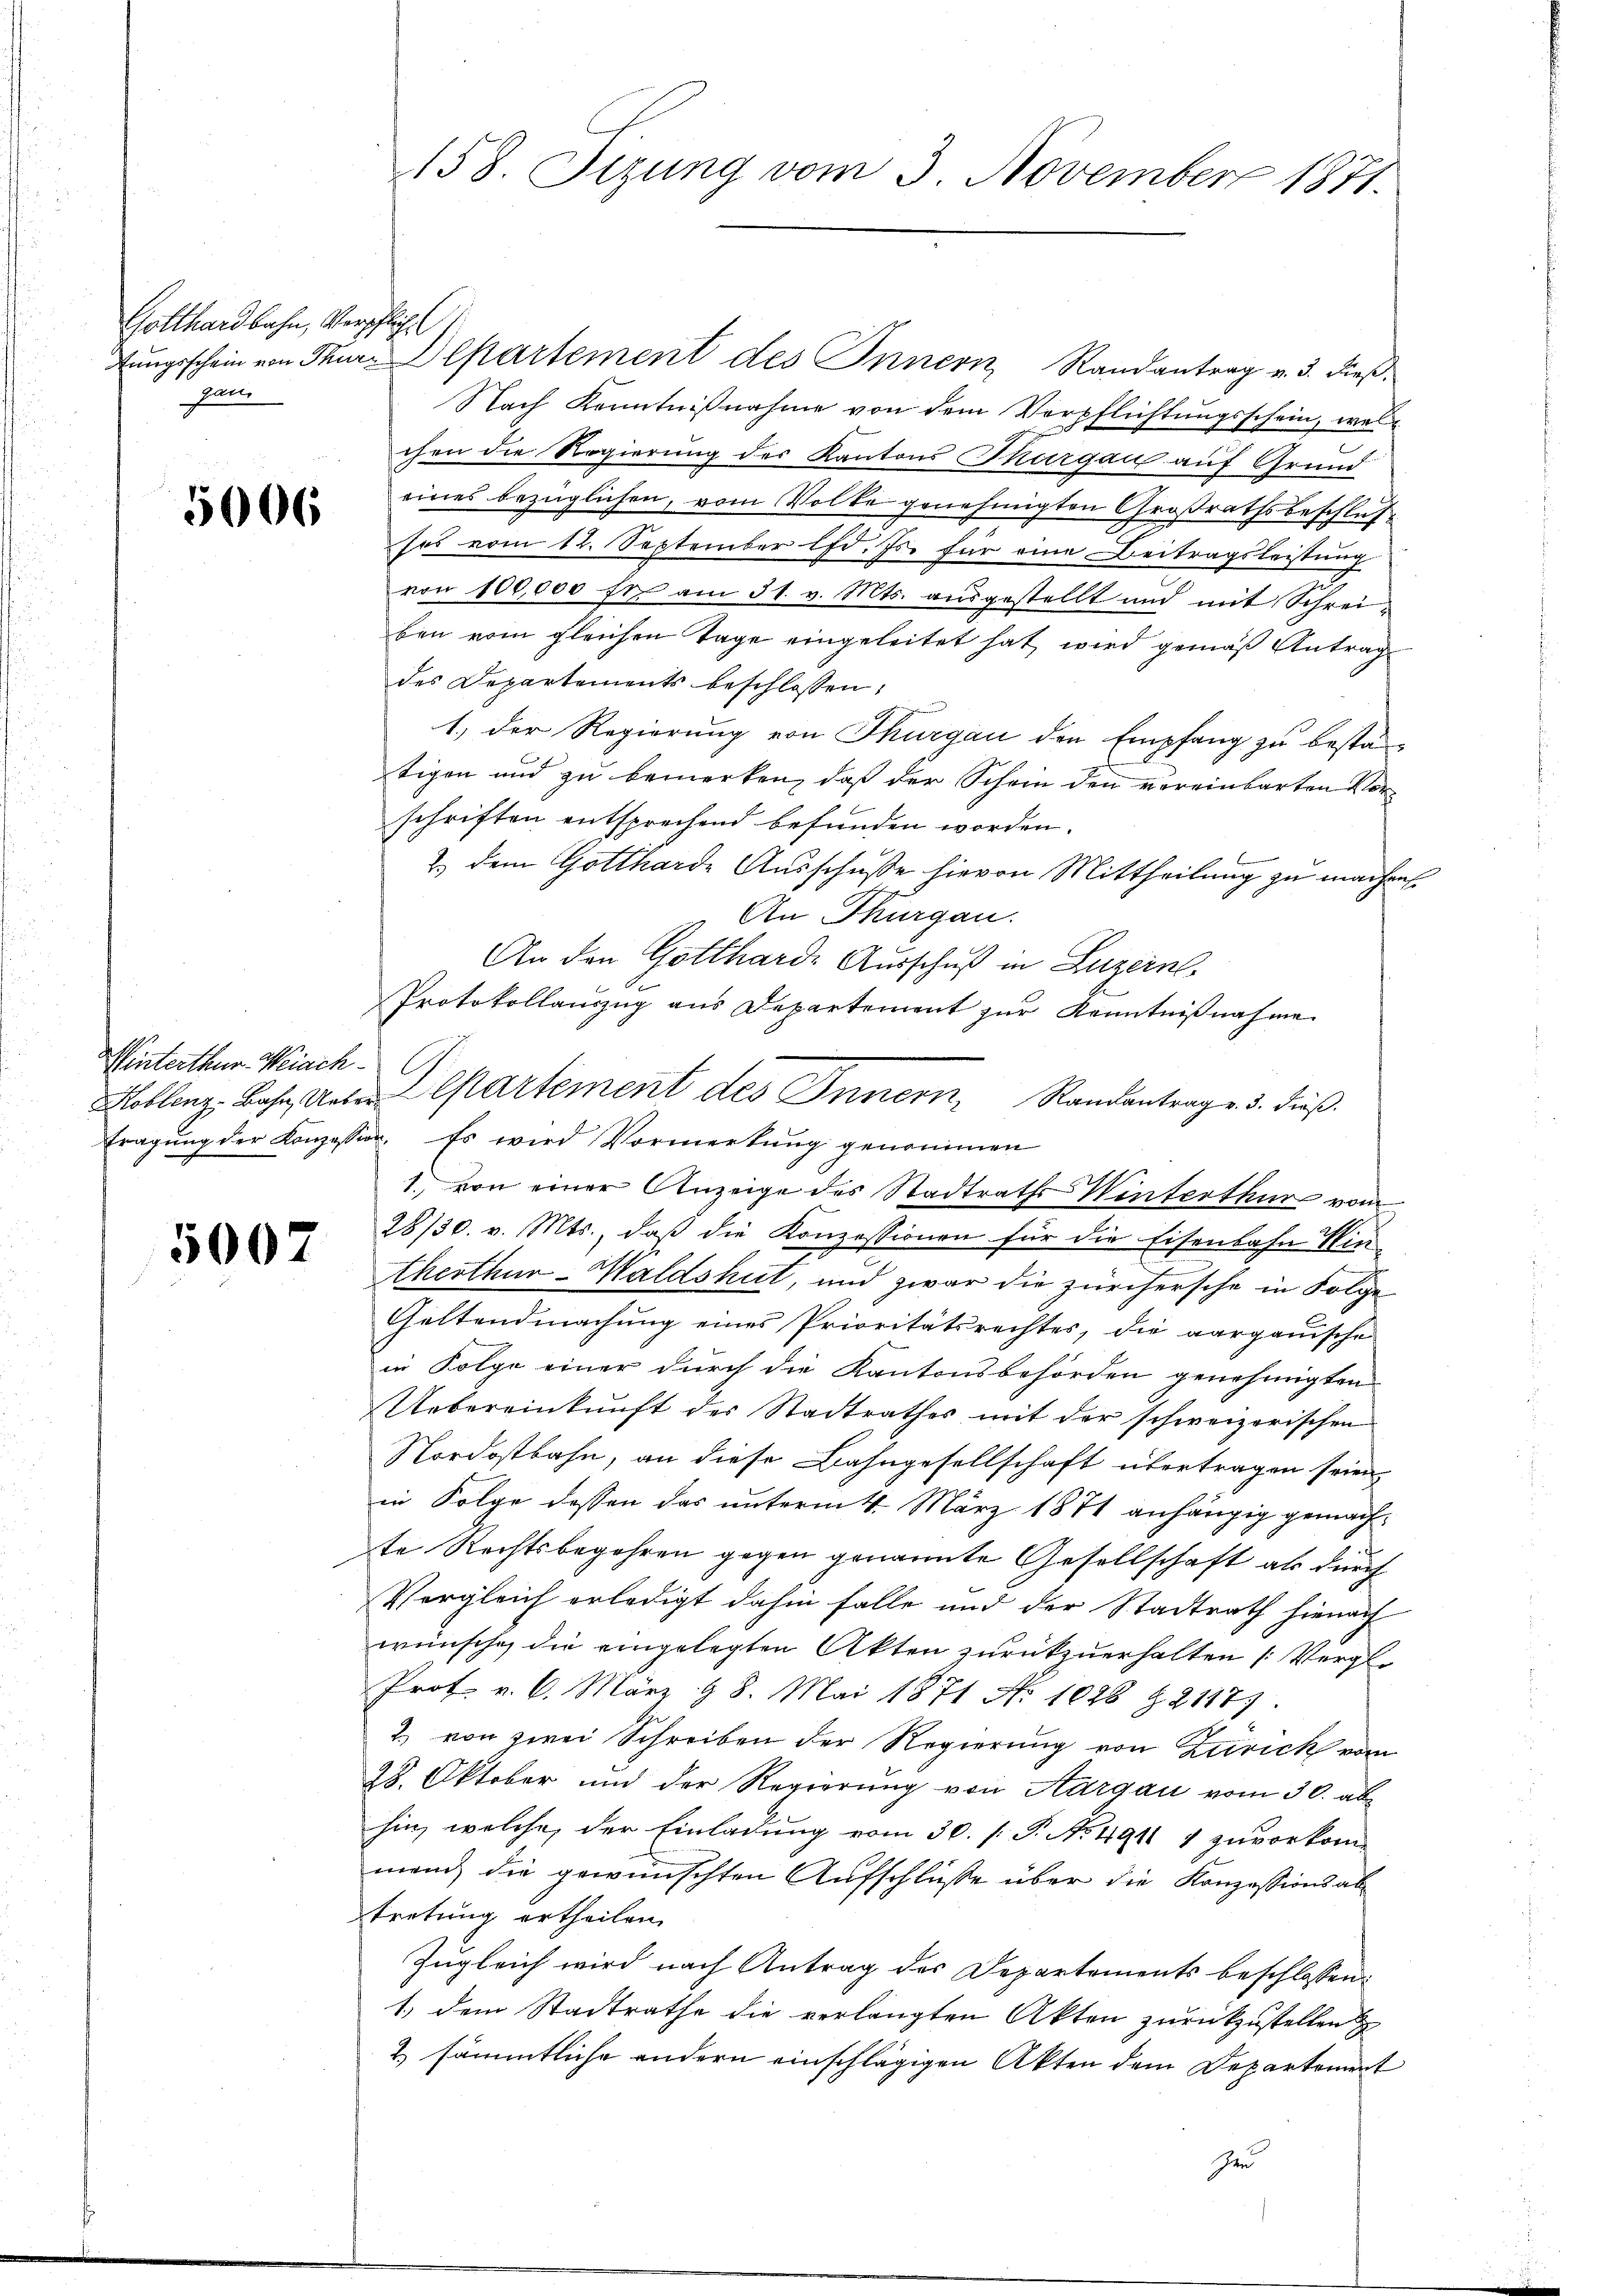
Gotthardbahn, Verpflich
gan

5006

Winterthur Weiach

5007

tŭngsschein von der Departement des Innern Randantrag v. 3. dieβ.
Nach Kenntnißnahme von dem Verpflichtungsschein, welchen die Regierung des Kantons Thurgau auf Grund
eines bezüglichen, vom Volke genehmigten Großrathsbeschlußsei vom 12. September lfd. Js. für eine Beitragsleistung
von 100,000 fr. am 31. v. Mts. ausgestellt und mit Schreiben vom gleichen Tage eingeleitet hat wird gemäß Antrag
des Departements beschlossen:
1., der Regierung von Thurgau den Empfang zu besta
tigen und zu bemerken, daß der Schein den vereinbarten Vorschriften entsprechend befunden worden.
2.) dem Gottharde Ausschusse hievon Mittheilung zu machen.
An Thurgau.
An den Gottharde Ausschuß in Luzern
Protokollauszug aus Departement zŭr Kenntniβnahme
G
Koblenz, Bahn, Unter partement des Innern, Randantrag v. 3. dieß
tragŭng der Konzession. Es wird Vormerkŭng genommen
1, von einer Anzeige des Stadtrath Winterthur vom
28/30. v. Mts., daß die Konzessionen für die Eisenbahn Plintherthur-Waldshut, und zwar die zürchersche in Folge
Geltendmachung eines Prioritätsrechtes, die aargauische
in Folge einer durch die Kantonsbehörden genehmigten
Uebereinkunft der Stadtrathes mit der schweizerischen
Nordostbahn, an diese Bahngesellschaft übertragen seien
in Folge dessen das unterm 4. März 1871 anhängig gemach¬
A
te Rechtsbegehren gegen genannte Gesellschaft als durch
Vergleich erledigt dahin falle und der Stadtrath hienach
wünsche, die eingelegten Akten zurückzuerhalten (Vergle
Prot. v. 6. März & 8. Mai 1871 No 1028 § 21177.
2. von zwei Schreiben der Regierung von Zürick vom
28. Oktober und der Regierung von Aargau vom 30. abhin, welche der Einladung vom 30. P. P. No. 491 4 zuvorkom-
mend die gewünschten Aufschlüsse über die Konzessionsabtretung ertheilen.
Zugleich wird nach Antrag der Departements beschlossen:
1. dem Stadtrathe die verlangten Akten zurückzustellen
2. sämmtliche andern einschlägigen Akten dem Departement
Ze

158. Sezung vom 3. November 1871.